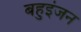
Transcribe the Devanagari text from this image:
बहुइंजन